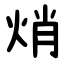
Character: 焇